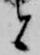
と